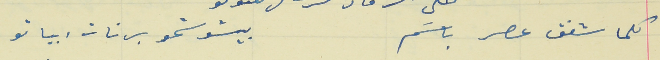
كلما شفق عصر باسَم                                                  بيشوشحو برنات ابياتو